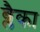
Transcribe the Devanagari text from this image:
ब्लैका